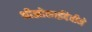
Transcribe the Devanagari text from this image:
श्रीझोलाईदेवीने